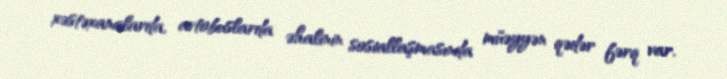
xəstəxanalarda, avtobuslarda əhalinin sosiallaşmasında müəyyən qədər fərq var.